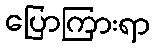
ပြောကြားရာ